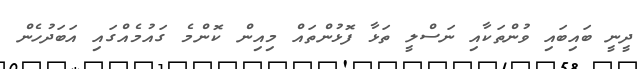
ދީނީ ބައިބައި ވުންތަކާއި ނަސްލީ ތަޅާ ފޮޅުންތައް މިއިން ކޮންމެ ގައުމެއްގައި އަބަދުހެން